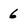
Character: 6